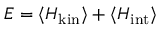
E = \langle H _ { \mathrm { k i n } } \rangle + \langle H _ { \mathrm { i n t } } \rangle